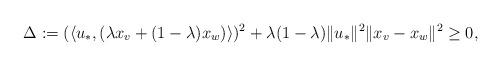
LaTeX: \begin{align*} &\Delta:=(\langle u_*, (\lambda x_v + (1-\lambda)x_w)\rangle)^2+\lambda(1-\lambda)\|u_*\|^2\|x_v-x_w\|^2\ge0,\\\end{align*}